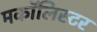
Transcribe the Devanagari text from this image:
मकॉलिस्टर